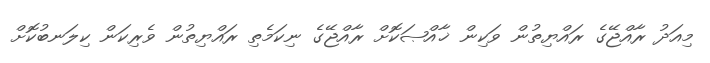
މިއަދު ރާއްޖޭގެ ރައްޔިތުން ވަކިން ޚާއްޞަކޮށް ރާއްޖޭގެ ނިކަމެތި ރައްޔިތުން ވެރިކަން ކިލަނބުކޮށް